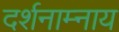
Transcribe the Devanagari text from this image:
दर्शनाम्नाय